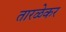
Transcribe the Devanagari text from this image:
तारळेकर